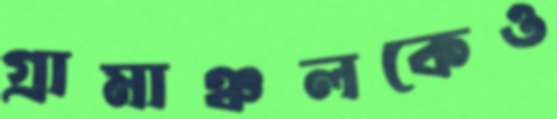
গ্রামাঞ্চলকেও